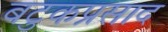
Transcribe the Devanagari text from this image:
बटुकप्रसाद